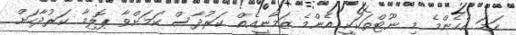
ހަމަ އެހެންމެ މި ނޫޓްތަކަކީ އެންމެ ޒަމާނީއެއް ކަރުދާސް ކަމަށްވާ ޕޮލިމާ ކަރުދާހަށް